Scottish Leaving Certificate Examination, 1955
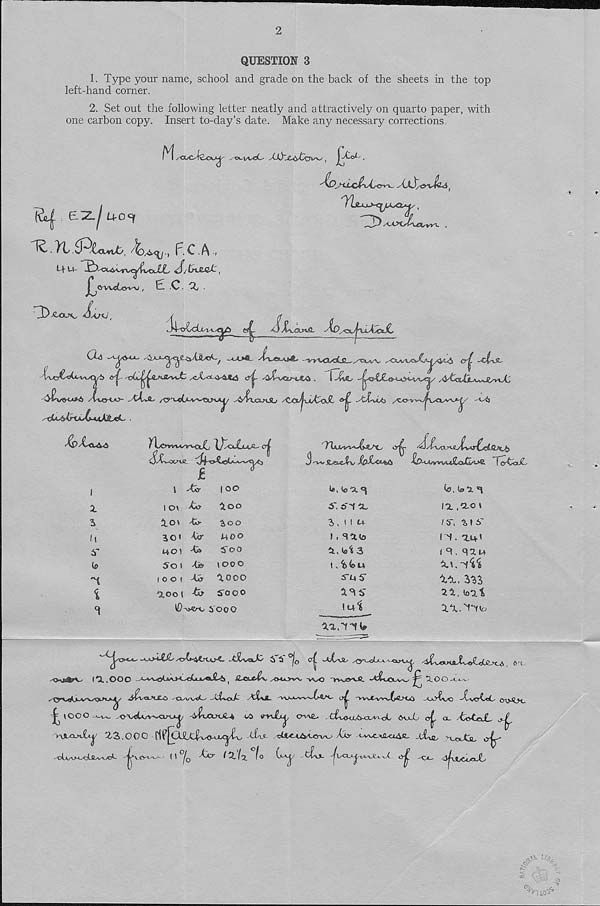
2
QUESTION 3
1. Type your name, school and grade on the back of the sheets in the top
left-hand corner.
2. Set out the following letter neatly and attractively on quarto paper, with
one carbon copy. Insert to-day’s date. Make any necessary corrections.
F.C.A,
7
£ .0 • “X •
/
/r
.j4-tyyc(xi.i.
e^-
xt£)yct^jxiA.4>J^
CU
-ctvJL
<y^
<y^ ^CvcusXO . I --lie-. -^<>CC<><-oXv<^/ A^Uj-a^X^JL
/VVO<0- -AAsX- /<y'V<C*-V^TX^X^/
XCX^uiAPoJL
-^tXuUj ^CO-V-v-v^U<Vvaji^/
^-dUxis-i*^C~*AXSj^ ■
&>JLgx4
Y^Crwv^r^cJL \}^<dLuA' crl
SX^OU^SL
o^- t!x^.x?,>«.eyFxrFclS
3 'V»< SUsaX\j JOp&WiA
$£>-<Anrti%iiASL&XlAJS. f &&cl£s
X
\
(1
6’
"1
i X-
t ov To-
lo> Tj-
ao< Tv
L401 T*
5o i Tv
l o © < Av
O.©©! Tv
I oo
ioo
^oo
MOO
5"©o
(OOO
aooo
S'ooo
s'ooo
la, fea^
S~ ©'IX
i , I I t+
I , SHto
i, lot 3
i. 'fefeu
s~uS
s'
I
•3l■a.,^• , ?^
(o, to ^i. «|
IX .xo t
/ 6" t> I 6~
CN .
is,qau
xs^ii
XX. 333
aa, text
XX.^yo
~dU«a£> S S °^0 a| wfcC^
XvWtaXo^dOext^ 6-c
(X.OOO -^-^v^OajX<Ao-^»JLs t &^x£^, ^!MjWS. wo "WvOAJi. -X^jCXa^^ ^ XOO
-Xl^txX
'VV\X'V'>-vXm2>CV -<_V?vX5 -XsjrjrfjtX cy^ySt^.
^yooo^ -OX^Avwcxm^/ xi^uCL>c£-4 oO
CKaC " t^vovA-cyvx^iP <K>X of. OL AssLaJL*
'nJCOLH£«|/ X3.000
-Xs- MveAxXcrx^ Aiy -wwo^UM^ Xit, n^xTa, v^-'
-xAvvw_<dLs^vxAX
n 0^ Tj©- IX lx 1°
cFi- -^C<XJ^vxvX».\X <y^_ OL, -dJxljCijexJL
.vVS-